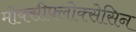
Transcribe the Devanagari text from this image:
मोक्सीफ्लोक्सेसिन